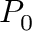
P _ { 0 }